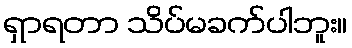
ရှာရတာ သိပ်မခက်ပါဘူး။